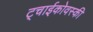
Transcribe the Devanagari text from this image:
ट्चाईकोवस्की